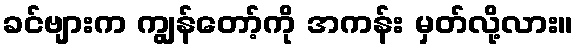
ခင်ဗျားက ကျွန်တော့်ကို အကန်း မှတ်လို့လား။